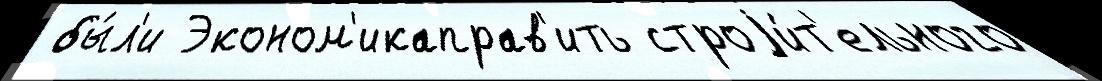
 бы́л'и Эконом'икаправ'ить строjи́т'ельного